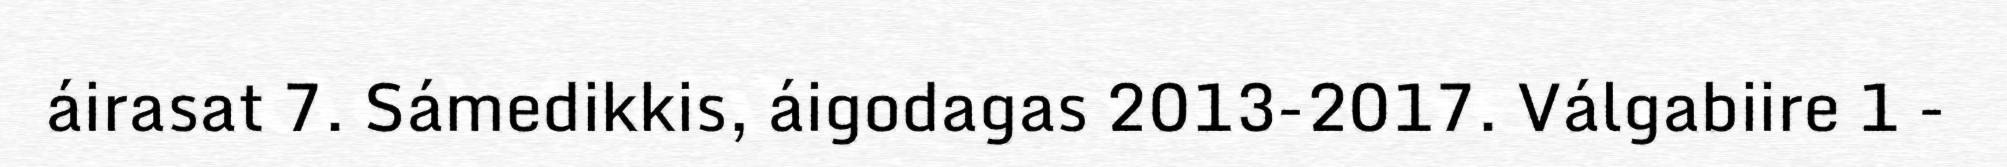
áirasat 7. Sámedikkis, áigodagas 2013-2017. Válgabiire 1 -